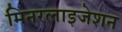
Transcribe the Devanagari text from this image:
मिनरलाइजेशन